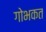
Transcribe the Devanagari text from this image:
गोभकत